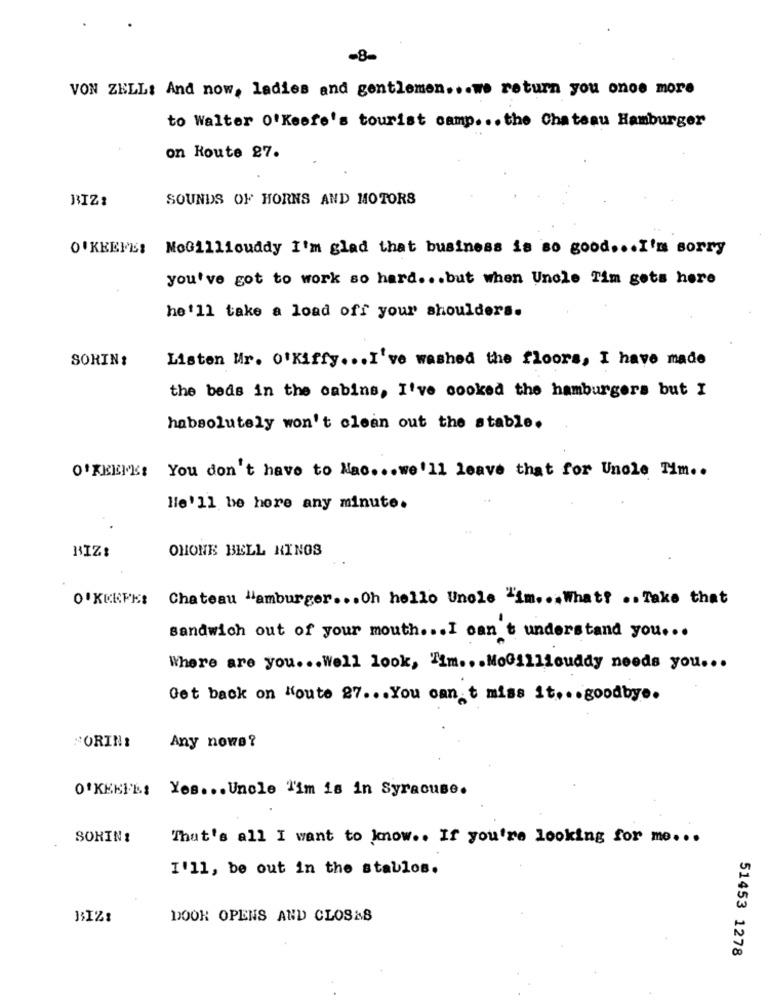
-8-
VON ZELL: And now, ladies and gentlemen ... we return you once more
to Walter O'Keefe's tourist camp ... the Chateau Hamburger
on Route 27.
BIZ:
SOUNDS OF HORNS AND MOTORS
O'KEEFE: MoGilliouddy I'm glad that business is so good ... I'm sorry
you've got to work so hard ... but when Uncle Tim gets here
he'll take a load off your shoulders.
SORIN:
Listen Mr. O'kiffy ... I've washed the floors, I have made
the beds in the cabins, I've cooked the hamburgers but I
habsolutely won't clean out the stable.
O'KEEFE: You don't have to Mac ... we'll leave that for Unele Tim ..
He'll be here any minute.
OHONE BELL RINGS
BIZ:
O'KEEFE: Chateau "amburger ... Oh hello Uncle "im ... What? .. Take that
sandwich out of your mouth ... I can't understand you ...
Where are you ... Well look, "im ... MoGillicuddy needs you ...
Get back on Koute 27 ... You can t miss it ... goodbye.
Any nowe?
FORIN:
O'KEKEL: Yes ... Uncle Tim is in Syracuse.
SOHIN!
That's all I want to know .. If you're looking for me ...
I'll, be out in the stablos.
BIZ:
DOOR OPENS AND CLOSES
51453 1278